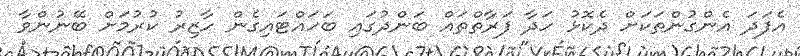
އެފަދަ އެންގުންތަކަށް ދެކޮޅު ހަދާ ފަރާތްތައް ބަންދުގައި ބަހައްޓައިގެން ހާޒިރު ކުރުމަށް ބޭނުންވާ